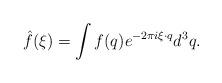
LaTeX: \begin{align*}\hat{f}(\xi) = \int f(q) e^{-2\pi i \xi \cdot q}d^3q.\end{align*}